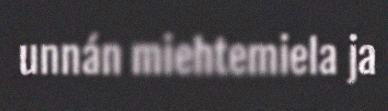
unnán miehtemiela ja